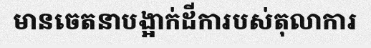
មានចេតនាបង្អាក់ដីការបស់តុលាការ